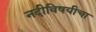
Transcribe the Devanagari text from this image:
नदीविषयीचा